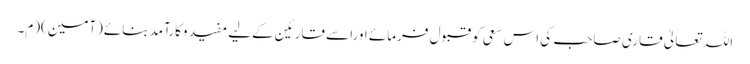
اللہ تعالیٰ قاری صاحب کی اس سعی کو قبول فرمائے اوراسے قارئین کےلیے مفید وکارآمد بنائے(آمین)(م۔